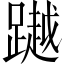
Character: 𨅿